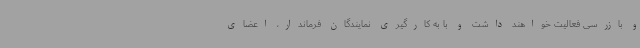
و بازرسی فعالیت خواهند داشت و با به کارگیری نمایندگان فرماندار، اعضای